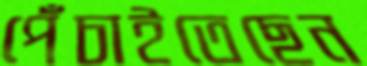
পেঁচাইতেছেন